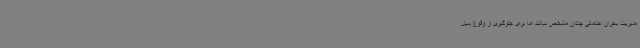
مدیریت بحران احتمالی چندان مشخص نباشد اما برای جلوگیری از وقوع سیل